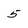
Character: 5